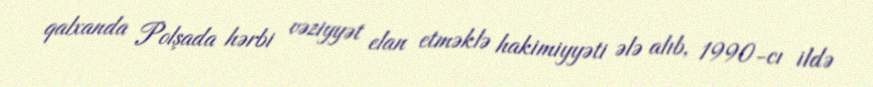
qalxanda Polşada hərbi vəziyyət elan etməklə hakimiyyəti ələ alıb, 1990-cı ildə